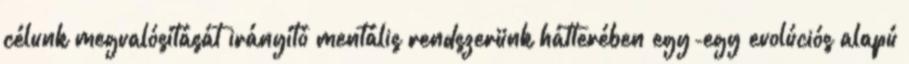
célunk megvalósítását irányító mentális rendszerünk hátterében egy-egy evolúciós alapú